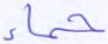
حمإ